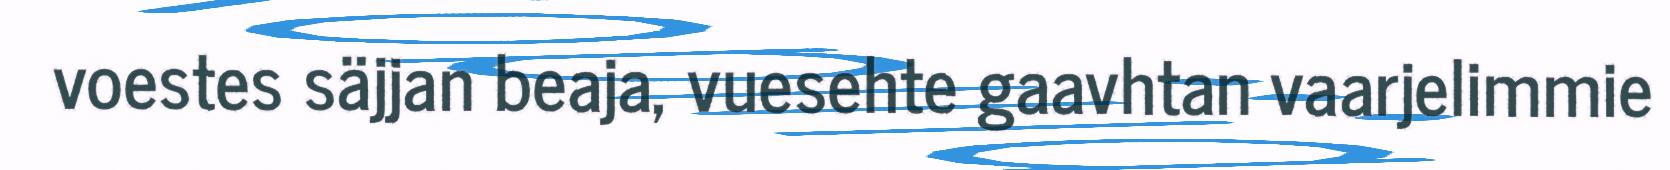
voestes säjjan beaja, vuesehte gaavhtan vaarjelimmie